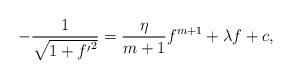
LaTeX: \begin{align*}-\frac{1}{\sqrt{1+{f'}^2}}=\frac{\eta}{m+1}f^{m+1}+\lambda f+c,\end{align*}